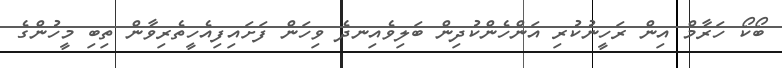
ބޯކޯ ހަރާމް އިން ރަހީނުކުރި އަންހެންކުދިން ބަލިވެއިނދެ ވިހަން ފަށައިފިއެހީތެރިވާން ތިބި މީހުންގެ